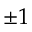
\pm 1